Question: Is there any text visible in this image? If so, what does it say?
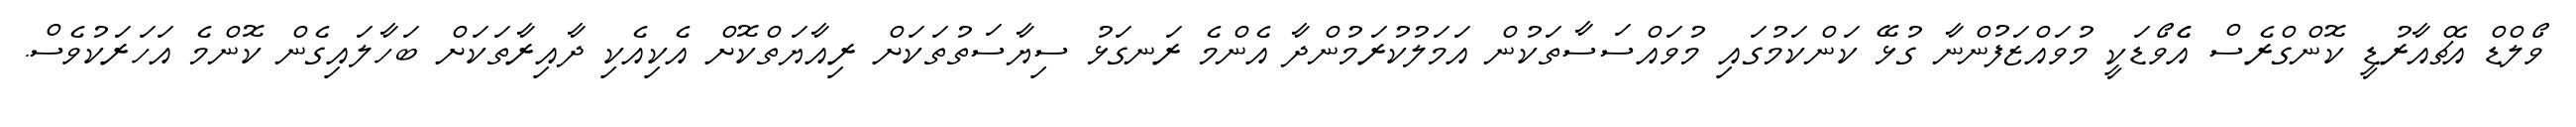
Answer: ވޯލްޑް އެޗްއާރުޑީ ކޮންގްރެސް އެެވޯޑަކީ މުވައްޒަފުންނާ ގުޅޭ ކަންކަމުގައި މުވައްސަސާތަކުން އަމަލުކުރަމުންދާ އެންމެ ރަނގަޅު ސިޔާސަތުތަކަށް ރިއާޔަތްކޮށް އެކިއެކި ދާއިރާތަކަށް ބަހާލައިގެން ކޮންމެ އަހަރަކުވެސް.